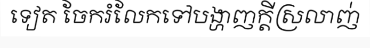
ទៀត ចែករំលែកទៅបង្ហាញក្តីស្រលាញ់